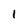
Character: 1